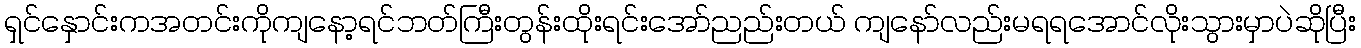
ရှင်နှောင်းကအတင်းကိုကျနော့ရင်ဘတ်ကြီးတွန်းထိုးရင်းအော်ညည်းတယ် ကျနော်လည်းမရရအောင်လိုးသွားမှာပဲဆိုပြီး